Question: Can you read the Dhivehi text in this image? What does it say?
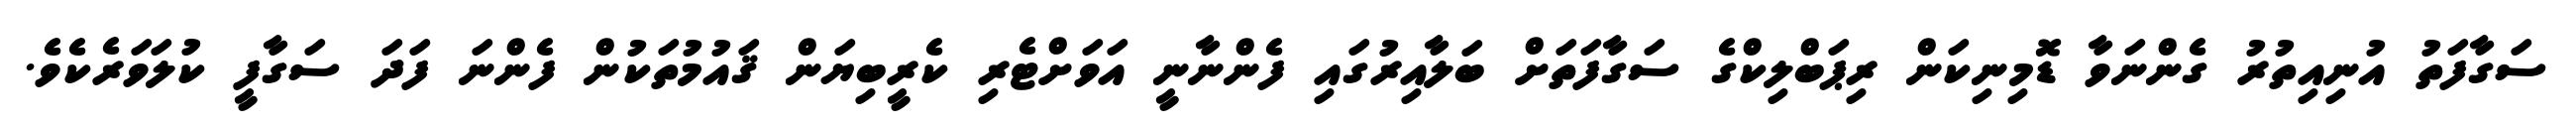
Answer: ސަގާފަތު އުނިއިތުރު ގެންނަވާ ޑޮމިނިކަން ރިޕަބްލިކްގެ ސަގާފަތަށް ބަލާއިރުގައި ފެންނާނީ އަވަށްޓެރި ކެރީބިޔަން ޤައުމުތަކުން ފެންނަ ފަދަ ސަގާފީ ކުލަވަރެކެވެ.